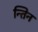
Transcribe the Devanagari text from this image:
न्तिन